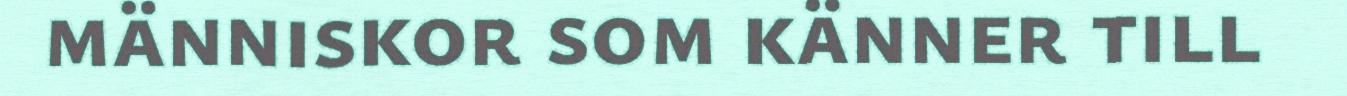
människor som känner till